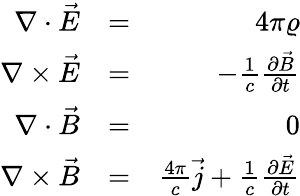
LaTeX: \begin{array}{rlr}{\nabla\cdot\vec{E}}&{=}&{4\pi\varrho}\\ {\nabla\times\vec{E}}&{=}&{-\frac{1}{c}\frac{\partial\vec{B}}{\partial t}}\\ {\nabla\cdot\vec{B}}&{=}&{0}\\ {\nabla\times\vec{B}}&{=}&{\frac{4\pi}{c}\vec{j}+\frac{1}{c}\frac{\partial\vec{E}}{\partial t}}\end{array}